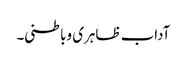
آداب ظاہری وباطنی۔